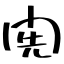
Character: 𨴐